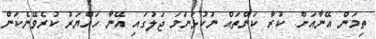
ތިމަން އޭނާއަށް  ކުރާ ކަންތައް ނުކުޅަނަމަ ޖަލުގައި އޭނާ ހައްޔަރު ކުރެވޭނެކަން